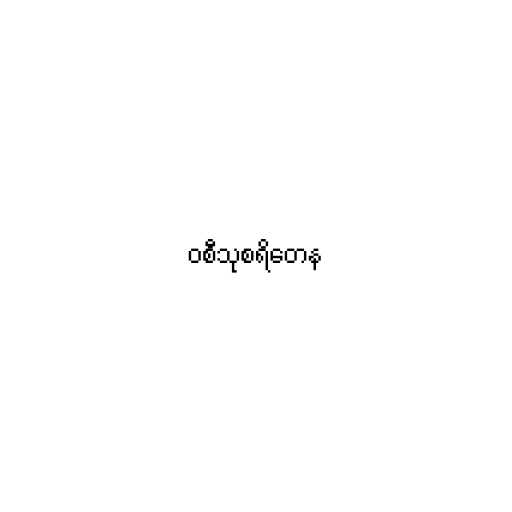
ဝစီသုစရိတေန